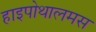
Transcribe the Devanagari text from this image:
हाइपोथालमस